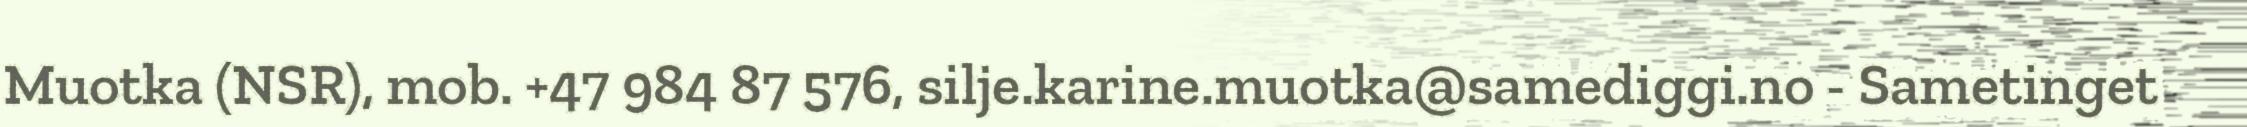
Muotka (NSR), mob. +47 984 87 576, silje.karine.muotka@samediggi.no - Sametinget